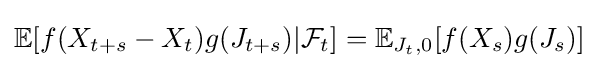
\mathbb {E} [f(X_{t+s}-X_{t})g(J_{t+s})|{\mathcal {F}}_{t}]=\mathbb {E} _{J_{t},0}[f(X_{s})g(J_{s})]